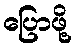
ပြောဖို့